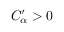
C _ { \alpha } ^ { \prime } > 0